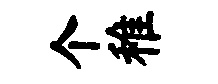
个稚